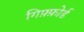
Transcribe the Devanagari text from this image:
गिफ़्फ़ोर्ड